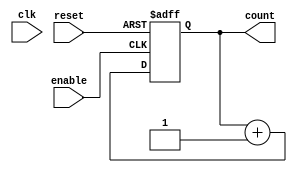
module dynamic_async_counter (
    input wire clk,          // Clock signal (not used for synchronous operation)
    input wire enable,       // Enable signal for counting
    input wire reset,        // Asynchronous reset signal
    output reg [3:0] count   // 4-bit output for the count value
);

    // T flip-flop behavior
    always @(posedge enable or posedge reset) begin
        if (reset) begin
            count <= 4'b0000; // Reset count to 0
        end else begin
            count <= count + 1; // Increment count
        end
    end

endmodule